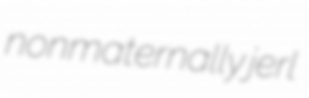
nonmaternally jerl